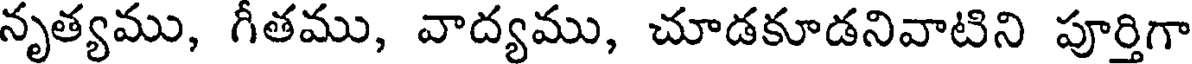
నృత్యము, గీతము, వాద్యము, చూడకూడనివాటిని పూర్తిగా